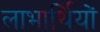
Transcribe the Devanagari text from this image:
लाभार्थियों